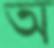
অ